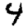
Digit: 4